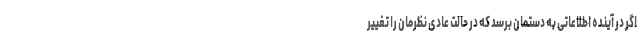
اگر در آینده اطلاعاتی به دستمان برسد که در حالت عادی نظرمان را تغییر